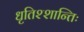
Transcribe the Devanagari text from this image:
धृतिश्शान्तिः